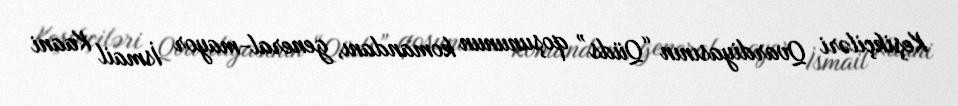
Keşikçiləri Qvardiyasının “Qüds” qoşununun komandanı, general-mayor İsmail Kaani